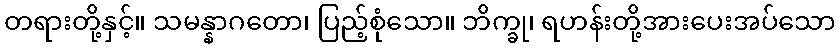
တရားတို့နှင့်။ သမန္နာဂတော၊ ပြည့်စုံသော။ ဘိက္ခု၊ ရဟန်းတို့အားပေးအပ်သော